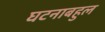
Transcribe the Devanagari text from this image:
घटनाबहुल